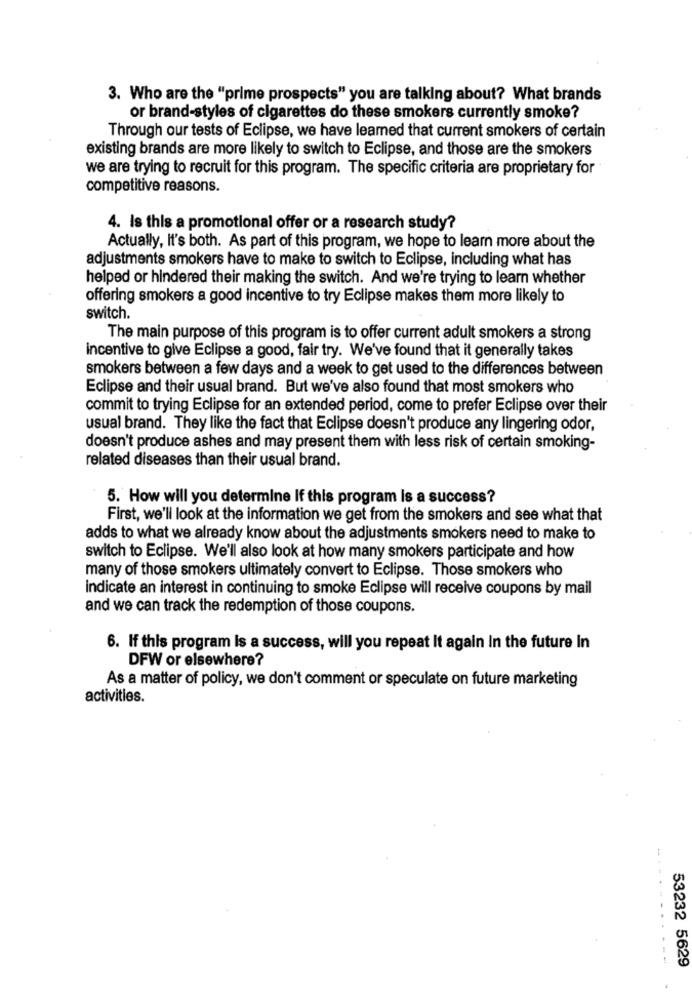
3. Who are the "prime prospects" you are talking about? What brands
or brand-styles of cigarettes do these smokers currently smoke?
Through our tests of Eclipse, we have leamed that current smokers of certain
existing brands are more likely to switch to Eclipse, and those are the smokers
we are trying to recruit for this program. The specific criteria are proprietary for
competitive reasons.
4. Is this a promotional offer or a research study?
Actually, It's both. As part of this program, we hope to learn more about the
adjustments smokers have to make to switch to Eclipse, including what has
helped or hindered their making the switch. And we're trying to learn whether
offering smokers a good incentive to try Eclipse makes them more likely to
switch.
The main purpose of this program is to offer current adult smokers a strong
incentive to give Eclipse a good, fair try. We've found that it generally takes
smokers between a few days and a week to get used to the differences between
Eclipse and their usual brand. But we've also found that most smokers who
commit to trying Eclipse for an extended period, come to prefer Eclipse over their
usual brand. They like the fact that Eclipse doesn't produce any lingering odor,
doesn't produce ashes and may present them with less risk of certain smoking-
related diseases than their usual brand.
5. How will you determine if this program is a success?
First, we'll look at the information we get from the smokers and see what that
adds to what we already know about the adjustments smokers need to make to
switch to Eclipse. We'll also look at how many smokers participate and how
many of those smokers ultimately convert to Eclipse. Those smokers who
Indicate an interest in continuing to smoke Eclipse will receive coupons by mail
and we can track the redemption of those coupons.
6. If this program is a success, will you repeat It again In the future In
DFW or elsewhere?
As a matter of policy, we don't comment or speculate on future marketing
activities.
-...
53232 5629